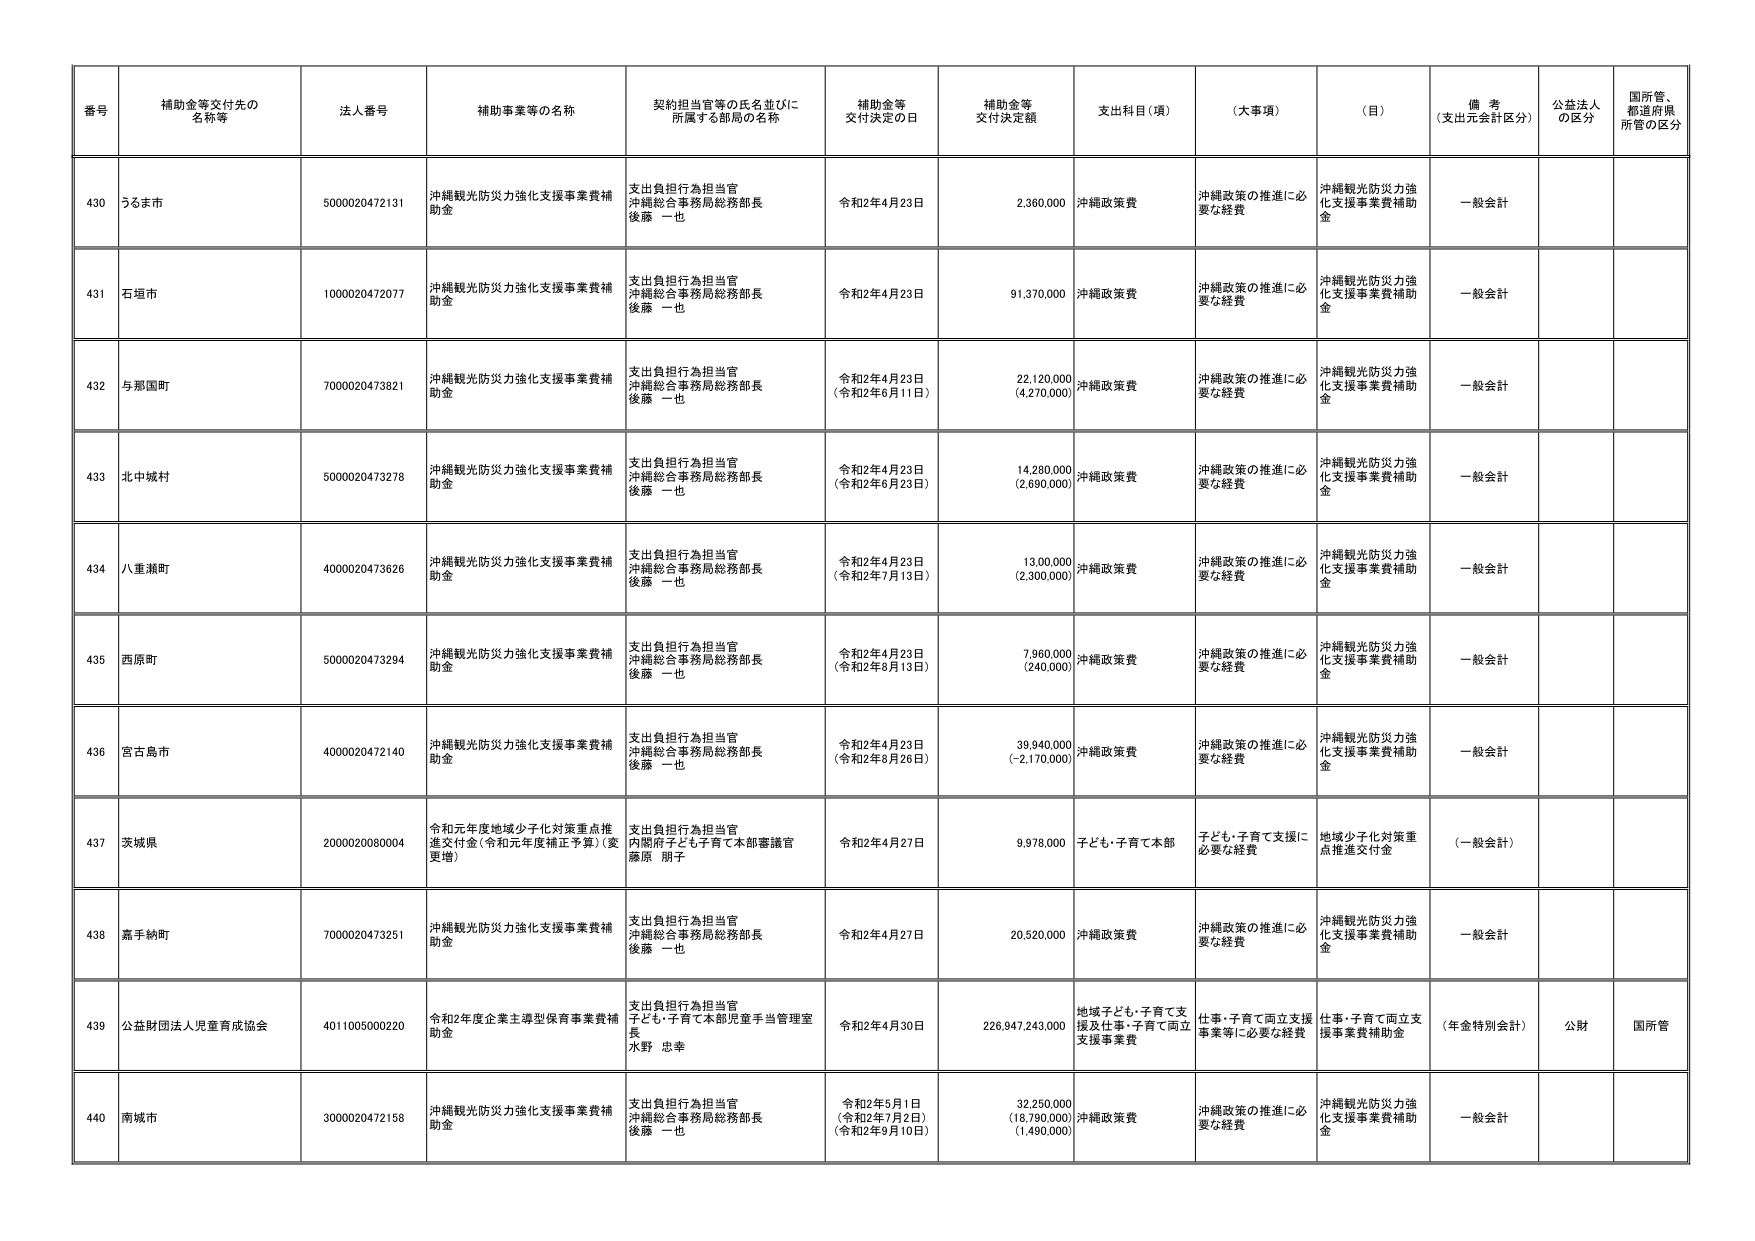
番号 補助金等交付先の名称等 法人番号 補助事業等の名称 契約担当官等の氏名並びに所属する部局の名称 補助金等交付決定の日 補助金等交付決定額 支出科目（項） （大事項） （目） 備考（支出元会計区分） 公益法人の区分 国所管、都道府県所管の区分

430 うるま市 5000020472131 沖縄観光防災力強化支援事業費補助金 支出負担行為担当官 沖縄総合事務局総務部長 後藤 一也 令和2年4月23日 2,360,000 沖縄政策費 沖縄政策の推進に必要な経費 沖縄観光防災力強化支援事業費補助金 一般会計

431 石垣市 1000020472077 沖縄観光防災力強化支援事業費補助金 支出負担行為担当官 沖縄総合事務局総務部長 後藤 一也 令和2年4月23日 91,370,000 沖縄政策費 沖縄政策の推進に必要な経費 沖縄観光防災力強化支援事業費補助金 一般会計

432 与那国町 7000020473821 沖縄観光防災力強化支援事業費補助金 支出負担行為担当官 沖縄総合事務局総務部長 後藤 一也 令和2年4月23日 （令和2年6月11日） 22,120,000 （4,270,000） 沖縄政策費 沖縄政策の推進に必要な経費 沖縄観光防災力強化支援事業費補助金 一般会計

433 北中城村 5000020473278 沖縄観光防災力強化支援事業費補助金 支出負担行為担当官 沖縄総合事務局総務部長 後藤 一也 令和2年4月23日 （令和2年6月23日） 14,280,000 （2,690,000） 沖縄政策費 沖縄政策の推進に必要な経費 沖縄観光防災力強化支援事業費補助金 一般会計

434 八重瀬町 4000020473626 沖縄観光防災力強化支援事業費補助金 支出負担行為担当官 沖縄総合事務局総務部長 後藤 一也 令和2年4月23日 （令和2年7月13日） 13,000,000 （2,300,000） 沖縄政策費 沖縄政策の推進に必要な経費 沖縄観光防災力強化支援事業費補助金 一般会計

435 西原町 5000020473294 沖縄観光防災力強化支援事業費補助金 支出負担行為担当官 沖縄総合事務局総務部長 後藤 一也 令和2年4月23日 （令和2年8月13日） 7,860,000 （240,000） 沖縄政策費 沖縄政策の推進に必要な経費 沖縄観光防災力強化支援事業費補助金 一般会計

436 宮古島市 4000020472140 沖縄観光防災力強化支援事業費補助金 支出負担行為担当官 沖縄総合事務局総務部長 後藤 一也 令和2年4月23日 （令和2年8月26日） 39,940,000 （-2,170,000） 沖縄政策費 沖縄政策の推進に必要な経費 沖縄観光防災力強化支援事業費補助金 一般会計

437 茨城県 2000020080004 令和元年度地域少子化対策重点推進交付金（令和元年度補正予算）（変更増） 支出負担行為担当官 内閣府子ども・子育て本部審議官 藤原 朋子 令和2年4月27日 9,978,000 子ども・子育て本部 子ども・子育て支援に必要な経費 地域少子化対策重点推進交付金 （一般会計）

438 嘉手納町 7000020473251 沖縄観光防災力強化支援事業費補助金 支出負担行為担当官 沖縄総合事務局総務部長 後藤 一也 令和2年4月27日 20,520,000 沖縄政策費 沖縄政策の推進に必要な経費 沖縄観光防災力強化支援事業費補助金 一般会計

439 公益財団法人児童育成協会 4011005000220 令和2年度企業主導型保育事業費補助金 支出負担行為担当官 子ども・子育て本部児童手当管理室長 水野 忠幸 令和2年4月30日 226,947,243,000 地域子ども・子育て支援及び仕事・子育て両立支援事業費 仕事・子育て両立支援事業等に必要な経費 仕事・子育て両立支援事業費補助金 （年金特別会計） 公財 国所管

440 南城市 3000020472158 沖縄観光防災力強化支援事業費補助金 支出負担行為担当官 沖縄総合事務局総務部長 後藤 一也 令和2年5月1日 （令和2年7月2日） （令和2年9月10日） 32,250,000 （18,790,000） （1,490,000） 沖縄政策費 沖縄政策の推進に必要な経費 沖縄観光防災力強化支援事業費補助金 一般会計